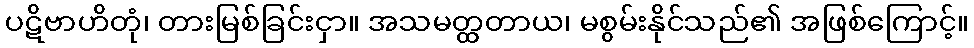
ပဋိဗာဟိတုံ၊ တားမြစ်ခြင်းငှာ။ အသမတ္ထတာယ၊ မစွမ်းနိုင်သည်၏ အဖြစ်ကြောင့်။